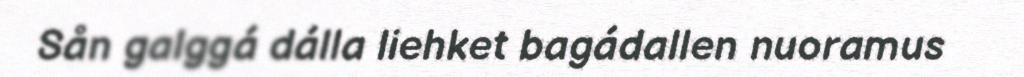
Sån galggá dálla liehket bagádallen nuoramus